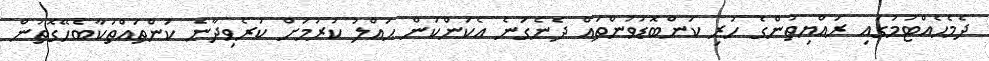
ދެމެހެއްޓުމުގައި ރައްޔިތުންގެ ހުރި ކަންބޮޑުވުންތައް ދެނެގަނެ އެކަންކަން ޙައްލު ކުރުމަށް ކުރެވިދާނެ ކަންތައްތަކާބެހޭގޮތުން